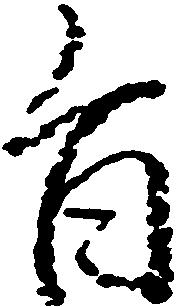
旨